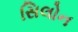
સિલોન